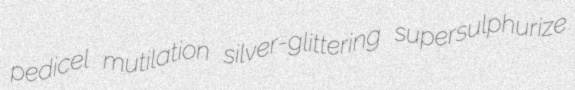
pedicel mutilation silver-glittering supersulphurize